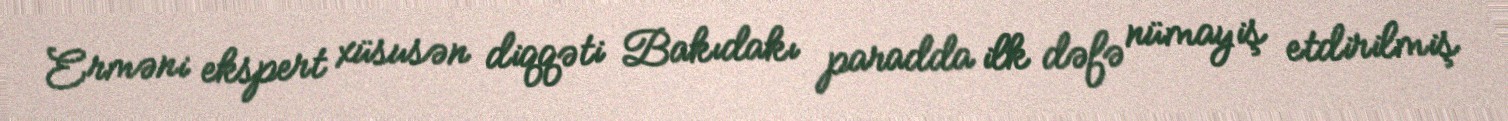
Erməni ekspert xüsusən diqqəti Bakıdakı paradda ilk dəfə nümayiş etdirilmiş